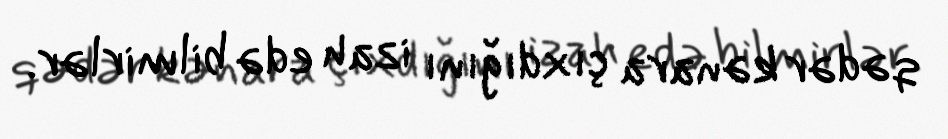
qədər kənara çıxdığını izah edə bilmirlər.